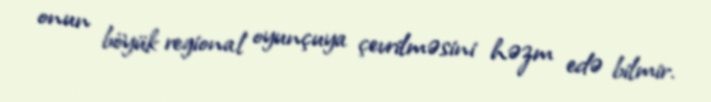
onun böyük regional oyunçuya çevrilməsini həzm edə bilmir.